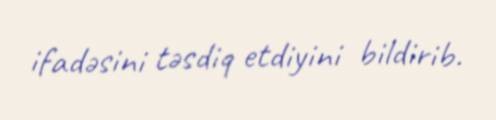
ifadəsini təsdiq etdiyini bildirib.